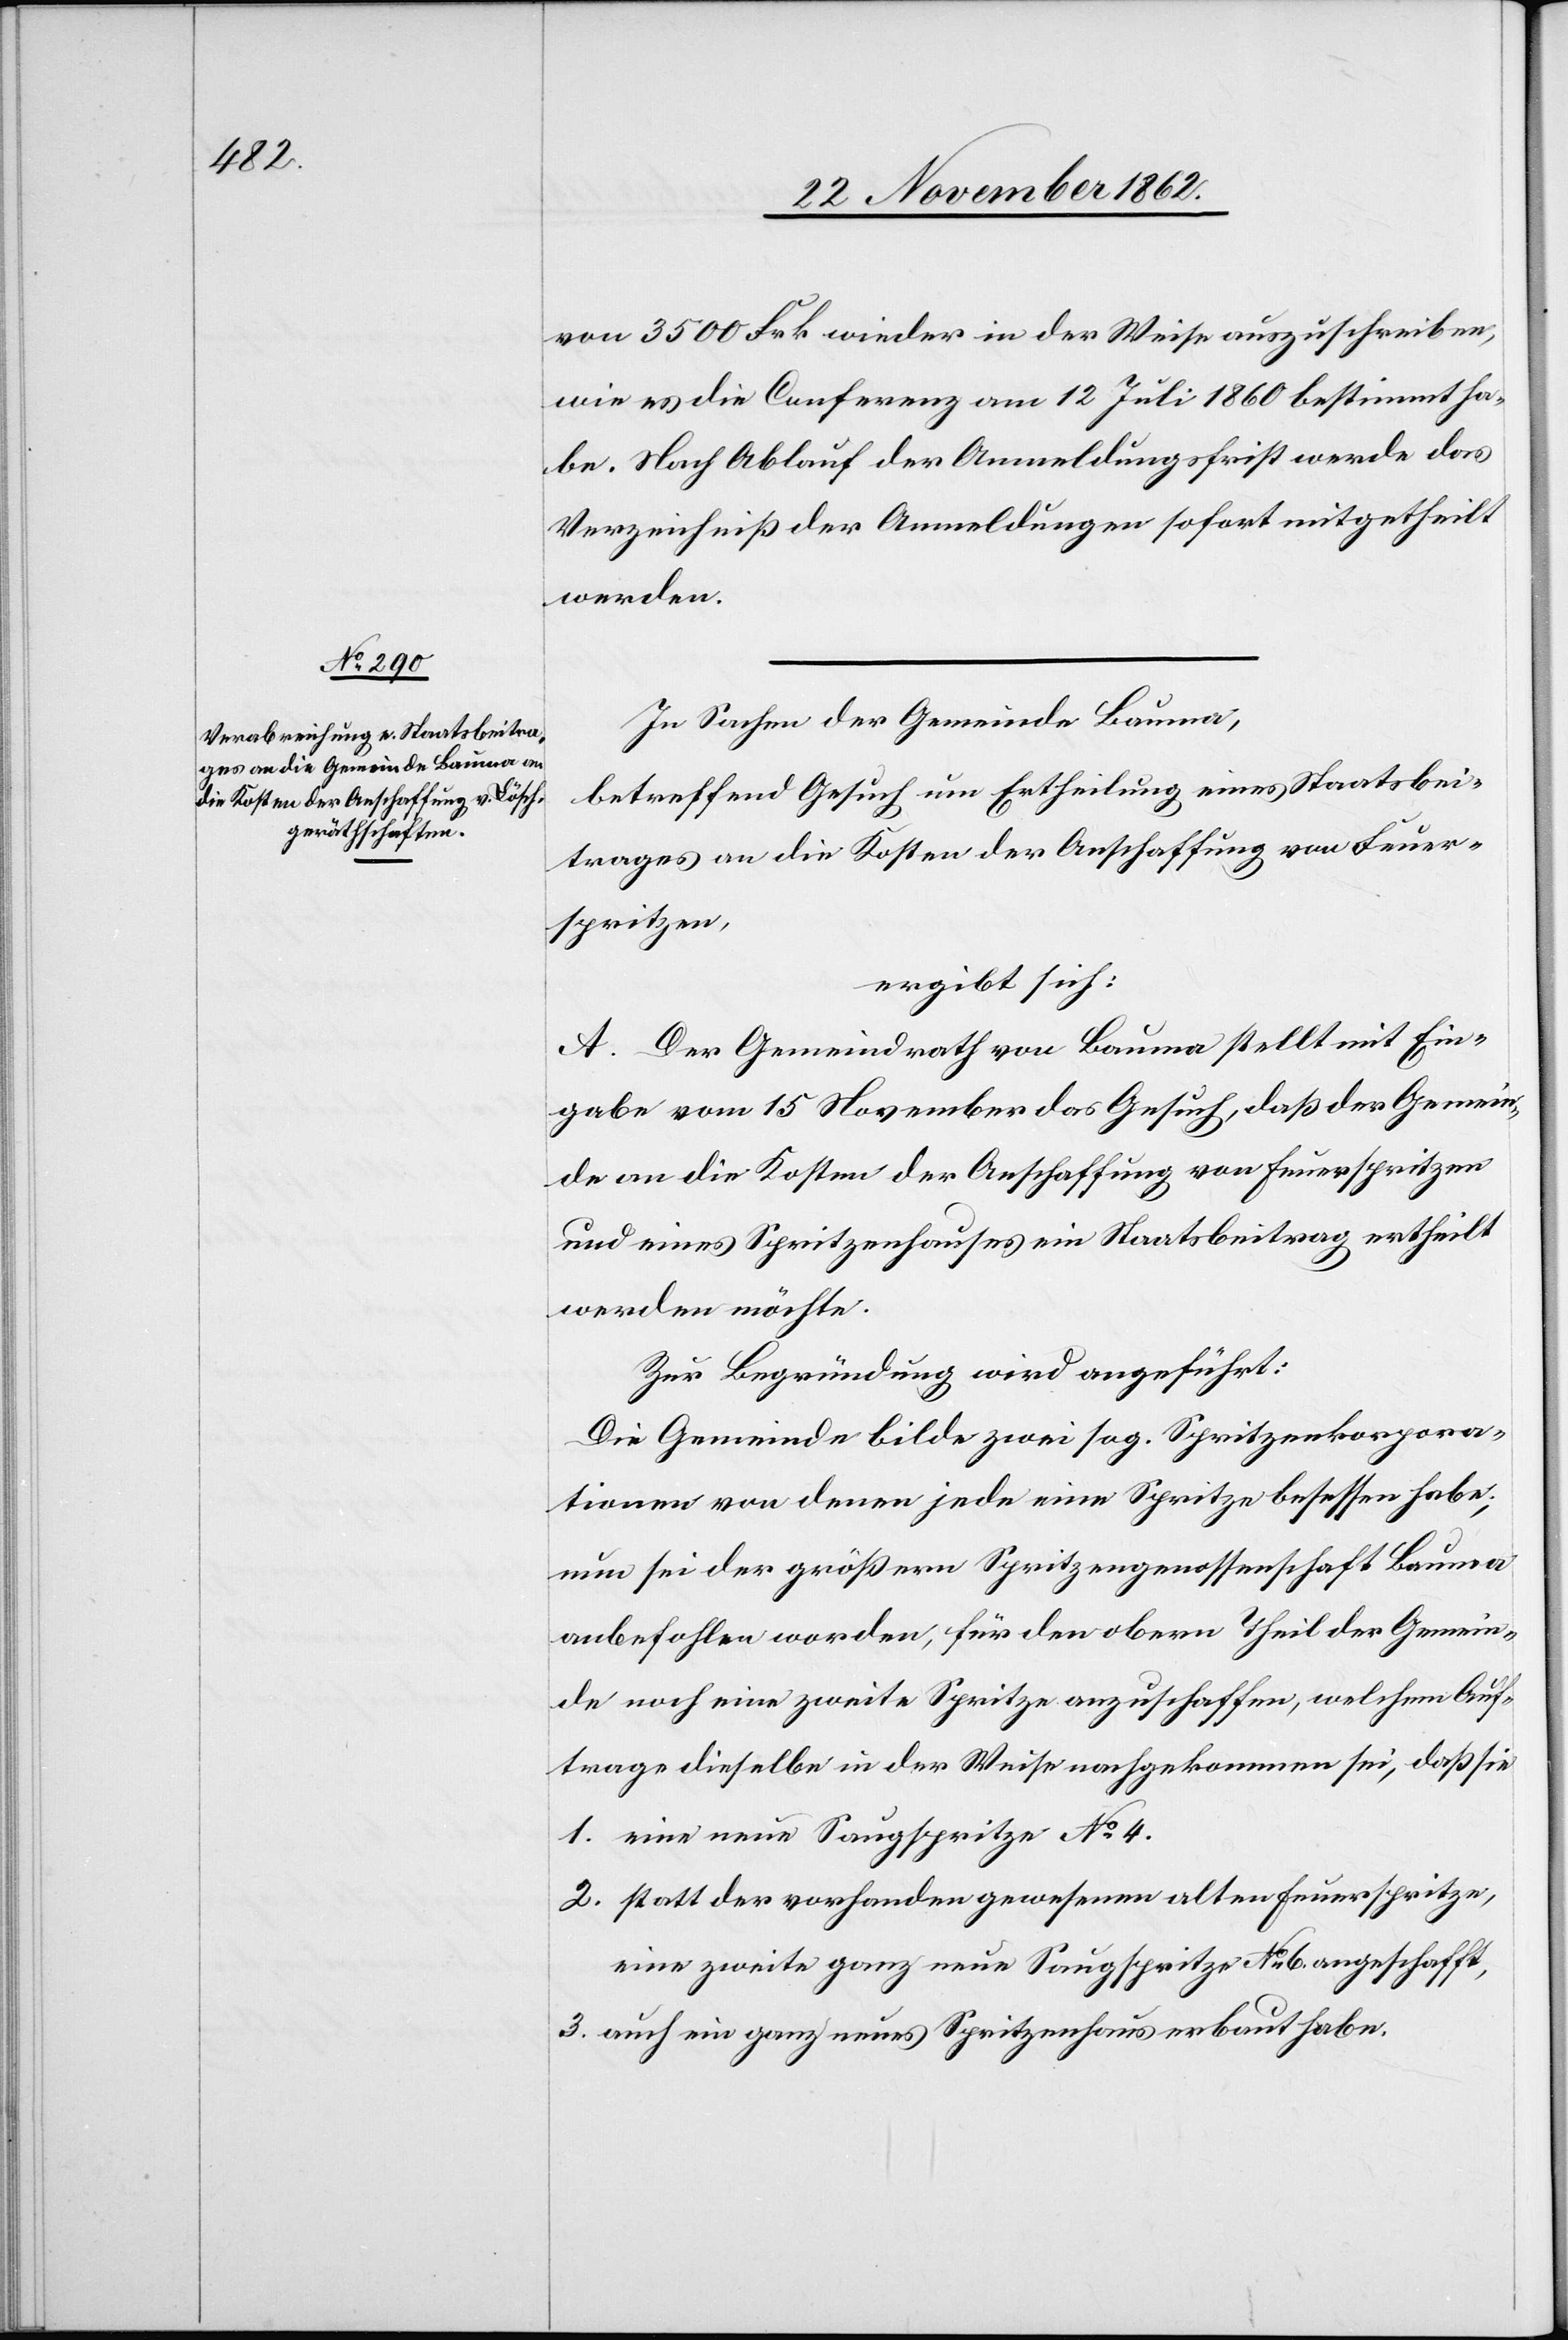
von 3500 Frk. wider in der Weise auszuschreiben,
wie es die Conferenz am 12. Juli 1860 bestimmt ha¬
be. Nach Ablauf der Anmeldungsfrist werde das
Verzeichniß der Anmeldungen sofort mitgetheilt
werden.
In Sachen der Gemeinde Bauma,
betreffend Gesuch um Ertheilung eines Staatsbei¬
trages an die Kosten der Anschaffung von Feuer¬
spritzen,
ergibt sich:
A. Der Gemeindrath von Bauma stellt mit Ein¬
gabe vom 15. November das Gesuch, daß der Gemein¬
de an die Kosten der Anschaffung von Feuerspritzen
und eines Spritzenhauses ein Staatsbeitrag ertheilt
werden möchte.
Zur Begründung wird angeführt:
Die Gemeinde bilde zwei sog. Spritzenkorpora¬
tionen von denen jede eine Spritze besessen habe,
nun sei der größern Spritzengenossenschaft Bauma
anbefohlen worden, für den obern Theil der Gemein¬
de noch eine zweite Spritze anzuschaffen, welchem Auf¬
trage dieselbe in der Weise nachgekommen sei, daß sie
1. eine neue Saugspritze No 4.
2. statt der vorhandenen gewesenen alten Feuerspritze,
eine zweite ganz neue Saugspritze No 6 angeschafft,
3. auch ein ganz neues Spritzenhaus erbaut habe.